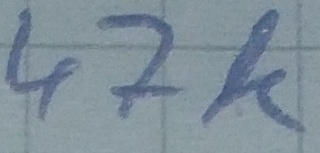
Text: 47K